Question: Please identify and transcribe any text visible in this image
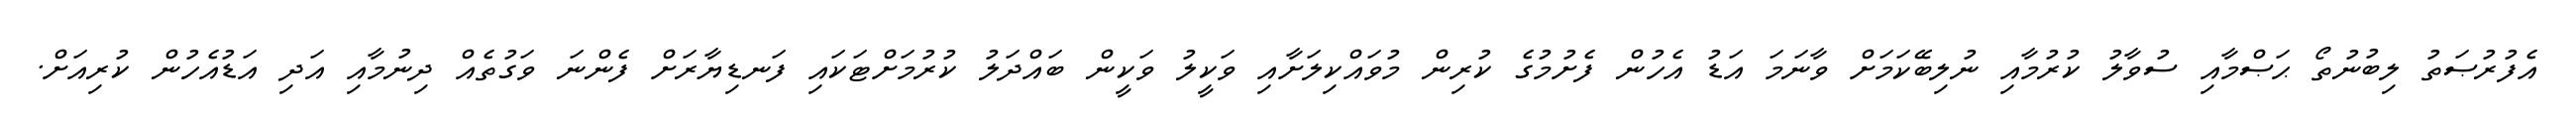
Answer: އެފުރުޞަތު ލިބުނުތޯ ޙަޞްމާއި ސުވާލު ކުރުމާއި ނުލިބޭކަމަށް ވާނަމަ އަޑު އެހުން ފެށުމުގެ ކުރިން މުވައްކިލަށާއި ވަކީލު ވަކީން ބައްދަލު ކުރުމަށްޓަކައި ފަނޑިޔާރަށް ފެންނަ ވަގުތެއް ދިނުމާއި އަދި އަޑުއެހުން ކުރިއަށް.